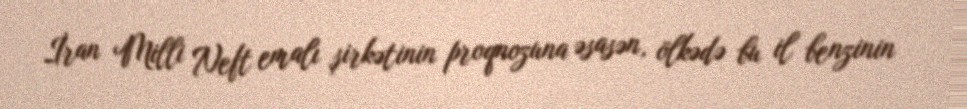
İran Milli Neft emalı şirkətinin proqnozuna əsasən, ölkədə bu il benzinin